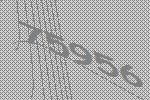
75956